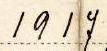
1917